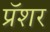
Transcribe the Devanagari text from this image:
प्रॅशर